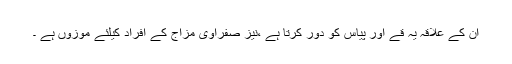
ان کے علاقہ یہ قے اور پیاس کو دور کرتا ہے ،نیز صفراوی مزاج کے افراد کیلئے موزوں ہے ۔